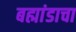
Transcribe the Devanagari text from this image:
बह्मांडाचा